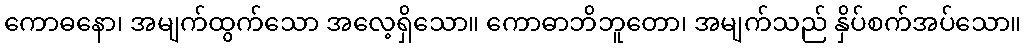
ကောဓနော၊ အမျက်ထွက်သော အလေ့ရှိသော။ ကောဓာဘိဘူတော၊ အမျက်သည် နှိပ်စက်အပ်သော။